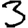
Digit: 3